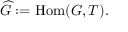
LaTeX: { \widehat { G } } : = \operatorname { H o m } ( G , T ) .